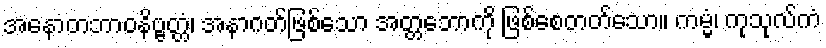
အနောတဘာဝနိဗ္ဗတ္တံ၊ အနာဂတ်ဖြစ်သော အတ္တဘောကို ဖြစ်စေတတ်သော။ ကမ္မံ၊ ကုသုလ်ကံ